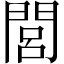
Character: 閭